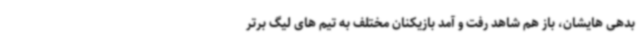
بدهی هایشان، باز هم شاهد رفت و آمد بازیکنان مختلف به تیم های لیگ برتر